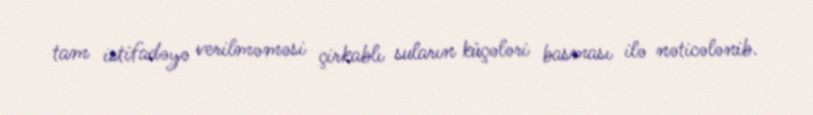
tam istifadəyə verilməməsi çirkablı suların küçələri basması ilə nəticələnib.